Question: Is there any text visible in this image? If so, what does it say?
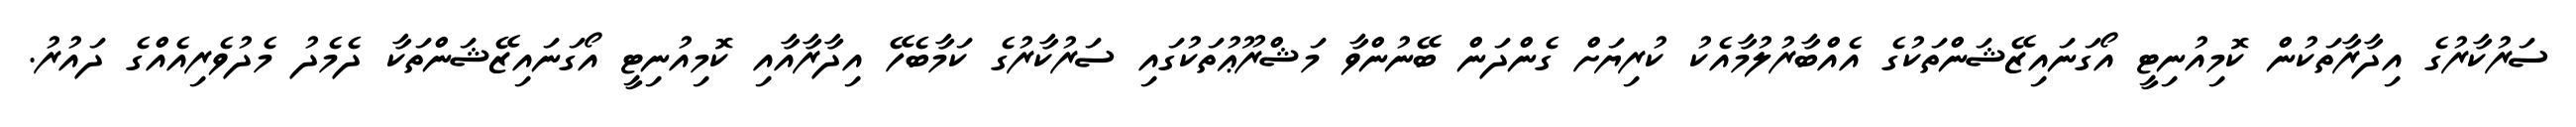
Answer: ސަރުކާރުގެ އިދާރާތަކުން ކޮމިއުނިޓީ އޯގަނައިޒޭޝަންތަކުގެ އެއްބާރުލުމާއެކު ކުރިޔަށް ގެންދަން ބޭނުންވާ މަޝްރޫޢުތަކުގައި ސަރުކާރުގެ ކަމާބެހޭ އިދާރާއާއި ކޮމިއުނިޓީ އޯގަނައިޒޭޝަންތަކާ ދެމެދު މެދުވެރިއެއްގެ ދައުރު.